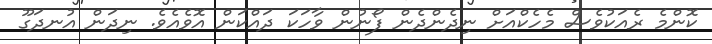
ކޮންމެ ރެއަކުވެސް މެހެކްއަށް ނިދެންދެން ފޯނުން ވާހަކަ ދައްކަން އޮވެއެވެ. ނިދަން އުނދަގޫ